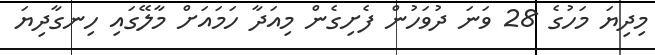
މިދިޔަ މަހުގެ 28 ވަނަ ދުވަހުން ފެށިގެން މިއަދާ ހަމައަށް މާލޭގައި ހިނގާދިޔަ